Report of the Indian Hemp Drugs Commission, 1894-1895 - Volume IV
Year: 1894
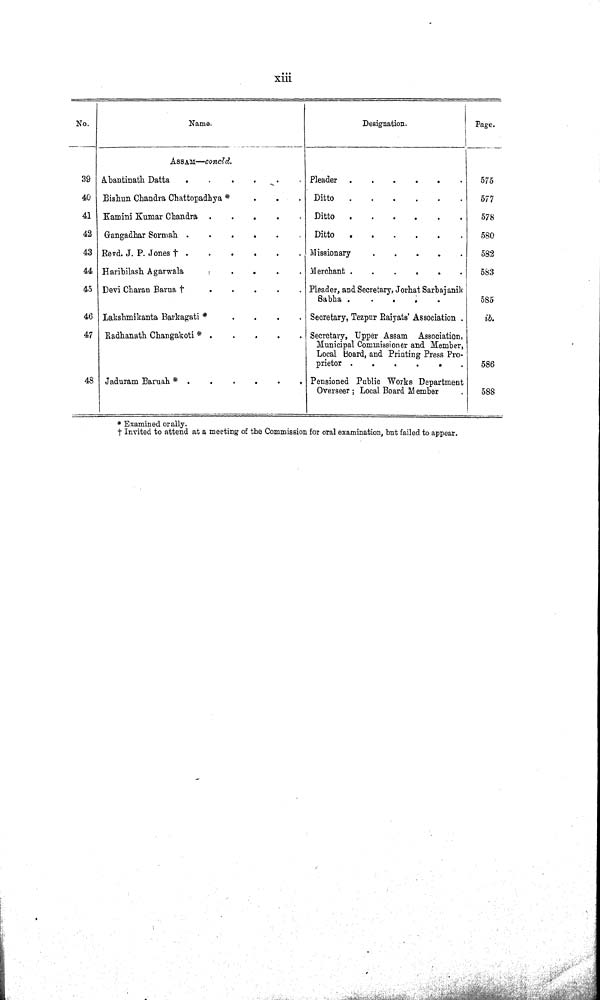
xiii
No.
Name.
Designation.
Page.
ASSAM—concld.
39 Abantinath Datta
Pleader
575
40 Bishun Chandra Chattopadhya *
Ditto
577
41 Kamini Kumar Chandra
Ditto
578
42 Gangadhar Sormah
Ditto
580
43 Revd. J. P. Jones †
Missionary
582
44 Haribilash Agarwala
Merchant
583
45 Devi Charan Barua
† Pleader, and Secretary, Jorhat Sarbajanik
Sabha
585
46 Lakshmikanta Barkagati *
Secretary, Tezpur Raiyats' Association .
ib.
47 Radhanath Changakoti *
Secretary, Upper Assam Association,
Municipal Commissioner and Member,
Local Board, and Printing Press Pro¬
prietor
586
48 Jaduram Baruah *
Pensioned Public Works Department
Overseer; Local Board Member
588
* Examined orally.
† Invited to attend at a meeting of the Commission for oral examination, but failed to appear.